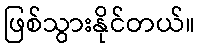
ဖြစ်သွားနိုင်တယ်။